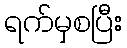
ရက်မှစပြီး